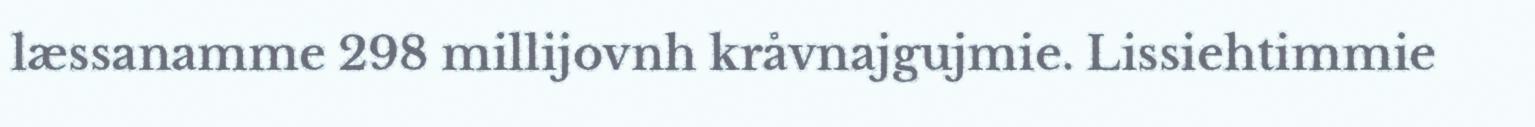
læssanamme 298 millijovnh kråvnajgujmie. Lissiehtimmie